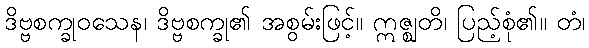
ဒိဗ္ဗစက္ခုဝသေန၊ ဒိဗ္ဗစက္ခု၏ အစွမ်းဖြင့်။ ဣဇ္ဈတိ၊ ပြည့်စုံ၏။ တံ၊